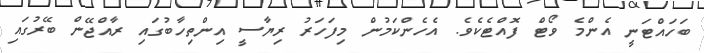
ބަހައްޓަނީ އެންމެ ވޯޓް ފޮއްޓެކެވެ. އެހެންކަމުން މިފަހަރު ރިޔާސީ އިންތިހާބުގައި ރާއްޖޭން ބޭރުގައި